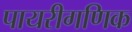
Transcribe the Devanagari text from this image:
पायरीगणिक